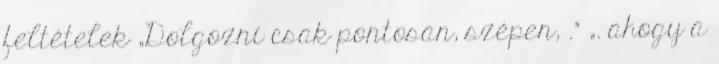
feltételek „Dolgozni csak pontosan, szépen, .” „. ahogy a